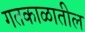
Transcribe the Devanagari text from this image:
गतकाळातील